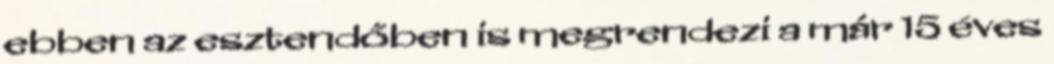
ebben az esztendőben is megrendezi a már 15 éves